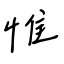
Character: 惟